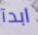
ابدآ